Civil Veterinary Department. Madras. Admin. report 1926-33 - 1926-1933
Year: 1926
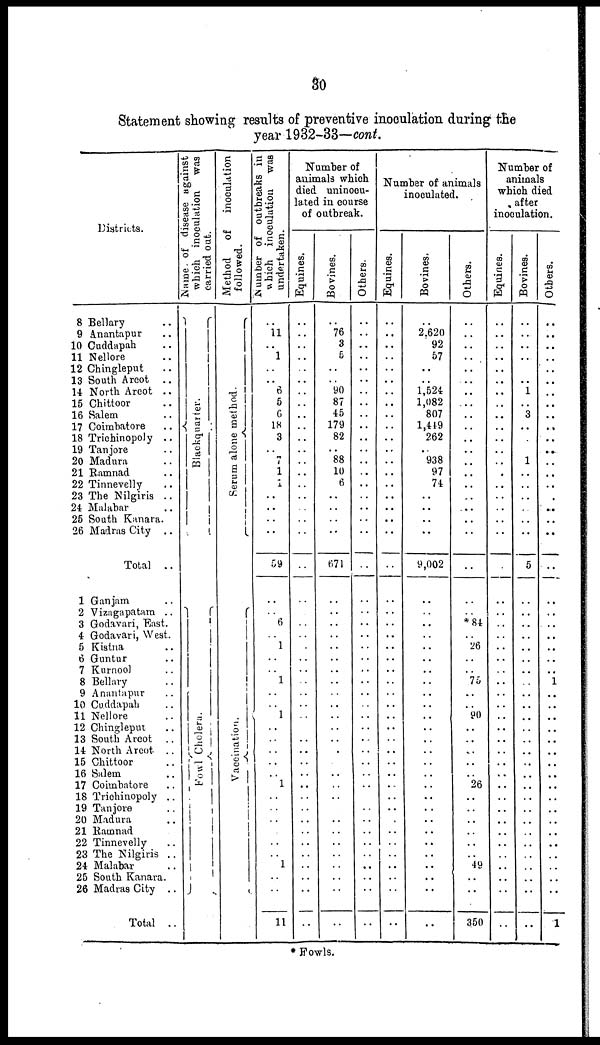
30
Statement showing results of preventive inoculation during the
year 1932-33—cont.
Districts.
8 Bellary ..
9 Anantapur ..
10 Cuddapah ..
11 Nellore
12 Chingleput ..
13 South Arcot ..
14 North Arcot ..
15 Chittoor
16 Salem
17 Coimbatore ..
18 Trichinopoly ..
19 Tanjore
20 Madura
21 Ramnad ..
22 Tinnevelly ..
23 The Nilgiris ..
24 Malabar
25 South Kanara.
26 Madras City ..
Total ..
1 Ganjam
2 Vizagapatam ..
3 Godavari, East.
4 Godavari, West.
5 Kistna ..
6 Guntur ..
7 Kurnool ..
8 Bellary ..
9 Anantapur ..
10 Cuddapah ..
11 Nellore
12 Chingleput ..
13 South Arcot ..
14 North Arcot ..
15 Chittoor
16 Salem
17 Coimbatore ..
18 Trichinopoly ..
19 Tanjore
20 Madura
21 Ramnad
22 Tinnevelly ..
23 The Nilgiris ..
24 Malabar
25 South Kanara.
26 Madras City ..
Total ..
Name of disease against
which inoculation was
carried out.
Blackquarter.
Fowl Cholera.
Method
of
inoculation
followed.
Serum
alone method.
Vaccination.
Number
of outbreaks in
which
inoculation was
undertaken.
..
11
..
1
..
6
5
6
18
3
..
7
1
..
..
..
..
..
59
..
..
6
..
1
..
..
1
..
..
1
..
..
..
..
..
1
..
..
..
..
..
..
1
..
..
11
Number of
animals which
died uninocu-
lated in course
of outbreak.
Equines.
..
..
..
..
..
..
..
..
..
..
..
..
..
..
..
..
..
..
..
..
..
..
..
..
..
..
..
..
..
..
..
..
..
..
..
..
..
..
..
..
..
..
..
Bo vines.
..
76
3
6
..
90
87
45
179
82
..
88
10
6
..
..
..
..
671
..
..
..
..
..
..
..
..
..
..
..
..
..
..
..
..
..
..
..
..
..
..
..
..
..
Others.
..
..
..
..
..
..
..
..
..
..
..
..
..
..
..
..
..
..
..
..
..
..
..
..
..
..
..
..
..
..
..
..
..
..
..
..
..
..
Number of animals
inoculated.
Equines.
..
..
..
..
..
..
..
..
..
..
..
..
..
..
..
..
..
..
..
..
..
..
..
..
..
..
..
..
..
..
..
..
..
..
..
..
..
..
..
..
..
..
..
..
..
..
Bovines.
..
2.620
92
57
..
..
1,524
1,082
807
1,449
262
..
938
97
74
..
..
..
..
9,002
..
..
..
..
..
..
..
..
..
..
..
..
..
..
..
..
..
..
..
..
..
..
..
..
..
..
..
Others.
..
..
..
..
..
..
..
..
..
..
..
..
..
..
..
..
..
..
..
..
..
*84
..
26
..
..
75
..
..
90
..
..
..
..
..
26
..
..
..
..
..
..
49
..
..
350
Number of
animals
which died
after
inoculation.
Equines.
..
..
..
..
..
..
..
..
..
..
..
..
..
..
..
..
..
..
..
..
..
..
..
..
..
..
..
..
..
..
..
..
..
..
..
..
..
..
..
..
..
..
..
..
..
..
Bovines.
..
..
..
..
..
1
..
3
..
..
..
1
..
..
..
..
..
..
5
..
..
..
..
..
..
..
..
..
..
..
..
..
..
..
..
..
..
..
..
..
..
..
..
..
..
..
Others.
..
..
..
..
..
..
..
..
..
..
..
..
..
..
..
..
..
..
..
..
..
..
..
..
..
..
1
..
..
..
..
..
..
..
..
..
..
..
..
..
..
..
..
..
..
1
* Fowls.